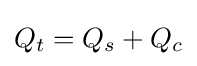
Q_{t}=Q_{s}+Q_{c}